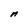
Character: n